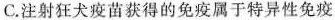
C.注射狂犬疫苗获得的免疫属于特异性免疫